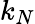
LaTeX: k_{N}